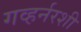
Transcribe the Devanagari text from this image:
गव्हर्नरशी